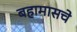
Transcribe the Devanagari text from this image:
बहामासचे